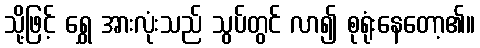
သို့ဖြင့် ရွှေ အားလုံးသည် သွပ်တွင် လာ၍ စုရုံးနေတော့၏။